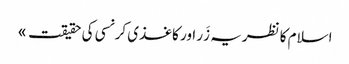
اسلام کا نظریہ زَر اور کاغذی کرنسی کی حقیقت »